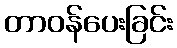
တာဝန်ပေးခြင်း